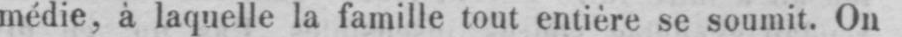
médie, à laquelle la famille tout entière se soumit. On